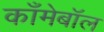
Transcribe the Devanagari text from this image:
काँमेबॉल